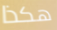
هكذا